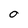
Character: O